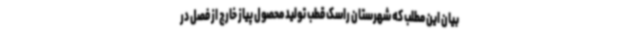
بیان این مطلب که شهرستان راسک قطب تولید محصول پیاز خارج از فصل در